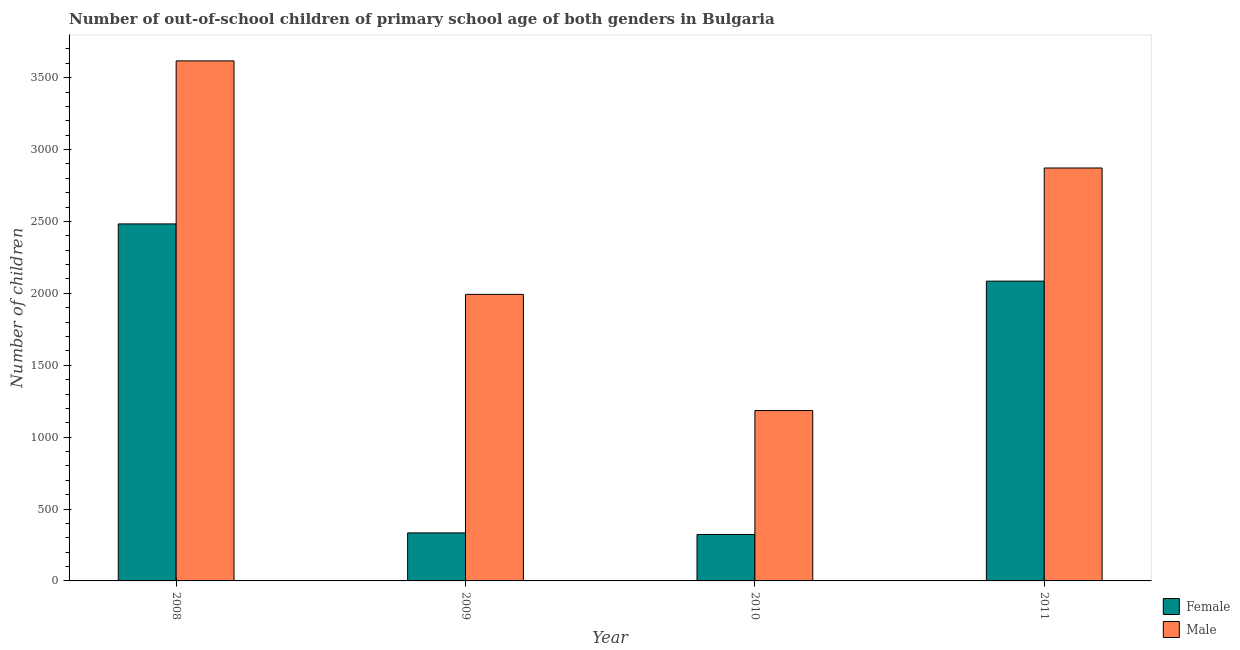
| Year | Female | Male |
 | --- | --- | --- |
 | 2008 | 2.48e+03 | 3.62e+03 |
 | 2009 | 334 | 1.99e+03 |
 | 2010 | 323 | 1.18e+03 |
 | 2011 | 2.08e+03 | 2.87e+03 |